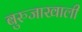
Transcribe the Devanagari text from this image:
बुरुजाखाली